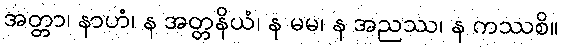
အတ္တာ၊ နာဟံ၊ န အတ္တနိယံ၊ န မမ၊ န အညဿ၊ န ကဿစိ။